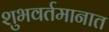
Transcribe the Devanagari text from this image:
शुभवर्तमानात